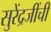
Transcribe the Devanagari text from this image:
सुरेंद्रजींची